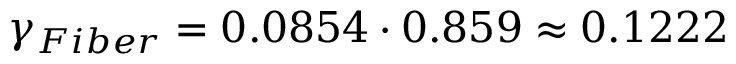
\gamma _ { F i b e r } = 0 . 0 8 5 4 \cdot 0 . 8 5 9 \approx 0 . 1 2 2 2